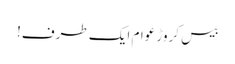
بیس کروڑ عوام ایک طرف!